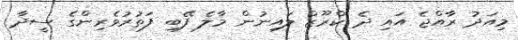
މިއަދު ރާއްޖެ އައި ދެ ކްރޫޒް ލައިނުން މާލެ ފޭބި ފަތުރުވެރިންގެ ސީދާ